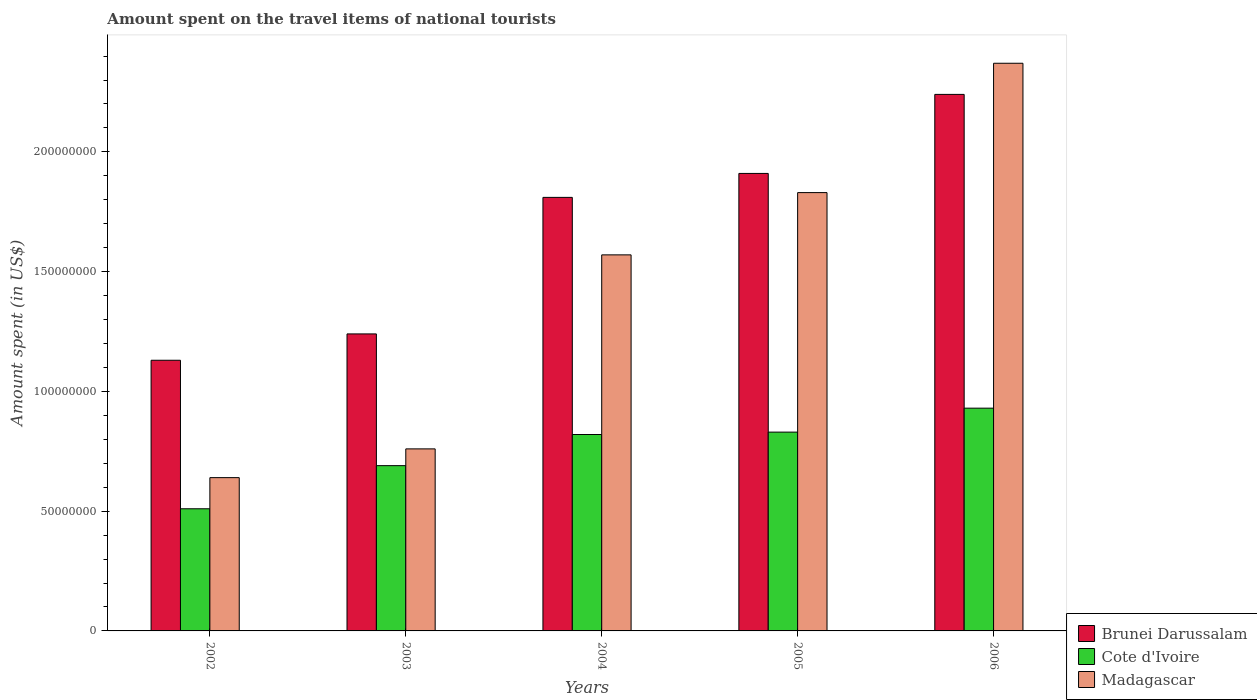
| Years | Brunei Darussalam | Cote d'Ivoire | Madagascar |
 | --- | --- | --- | --- |
 | 2002 | 1.13e+08 | 5.1e+07 | 6.4e+07 |
 | 2003 | 1.24e+08 | 6.9e+07 | 7.6e+07 |
 | 2004 | 1.81e+08 | 8.2e+07 | 1.57e+08 |
 | 2005 | 1.91e+08 | 8.3e+07 | 1.83e+08 |
 | 2006 | 2.24e+08 | 9.3e+07 | 2.37e+08 |